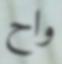
واح